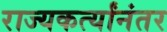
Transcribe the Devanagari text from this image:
राज्यकर्त्यांनंतर